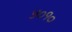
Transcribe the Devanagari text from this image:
५०१०